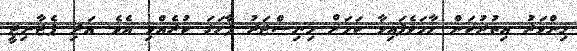
މިންވަރު އިތުރުކަން ހާމަވެފައިވާ ކަމަށް މިނިސްޓަރު ފާހަގަ ކުރެއްވި އެވެ. އަދި ޕެޓާނިޓީ